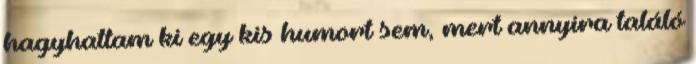
hagyhattam ki egy kis humort sem, mert annyira találó